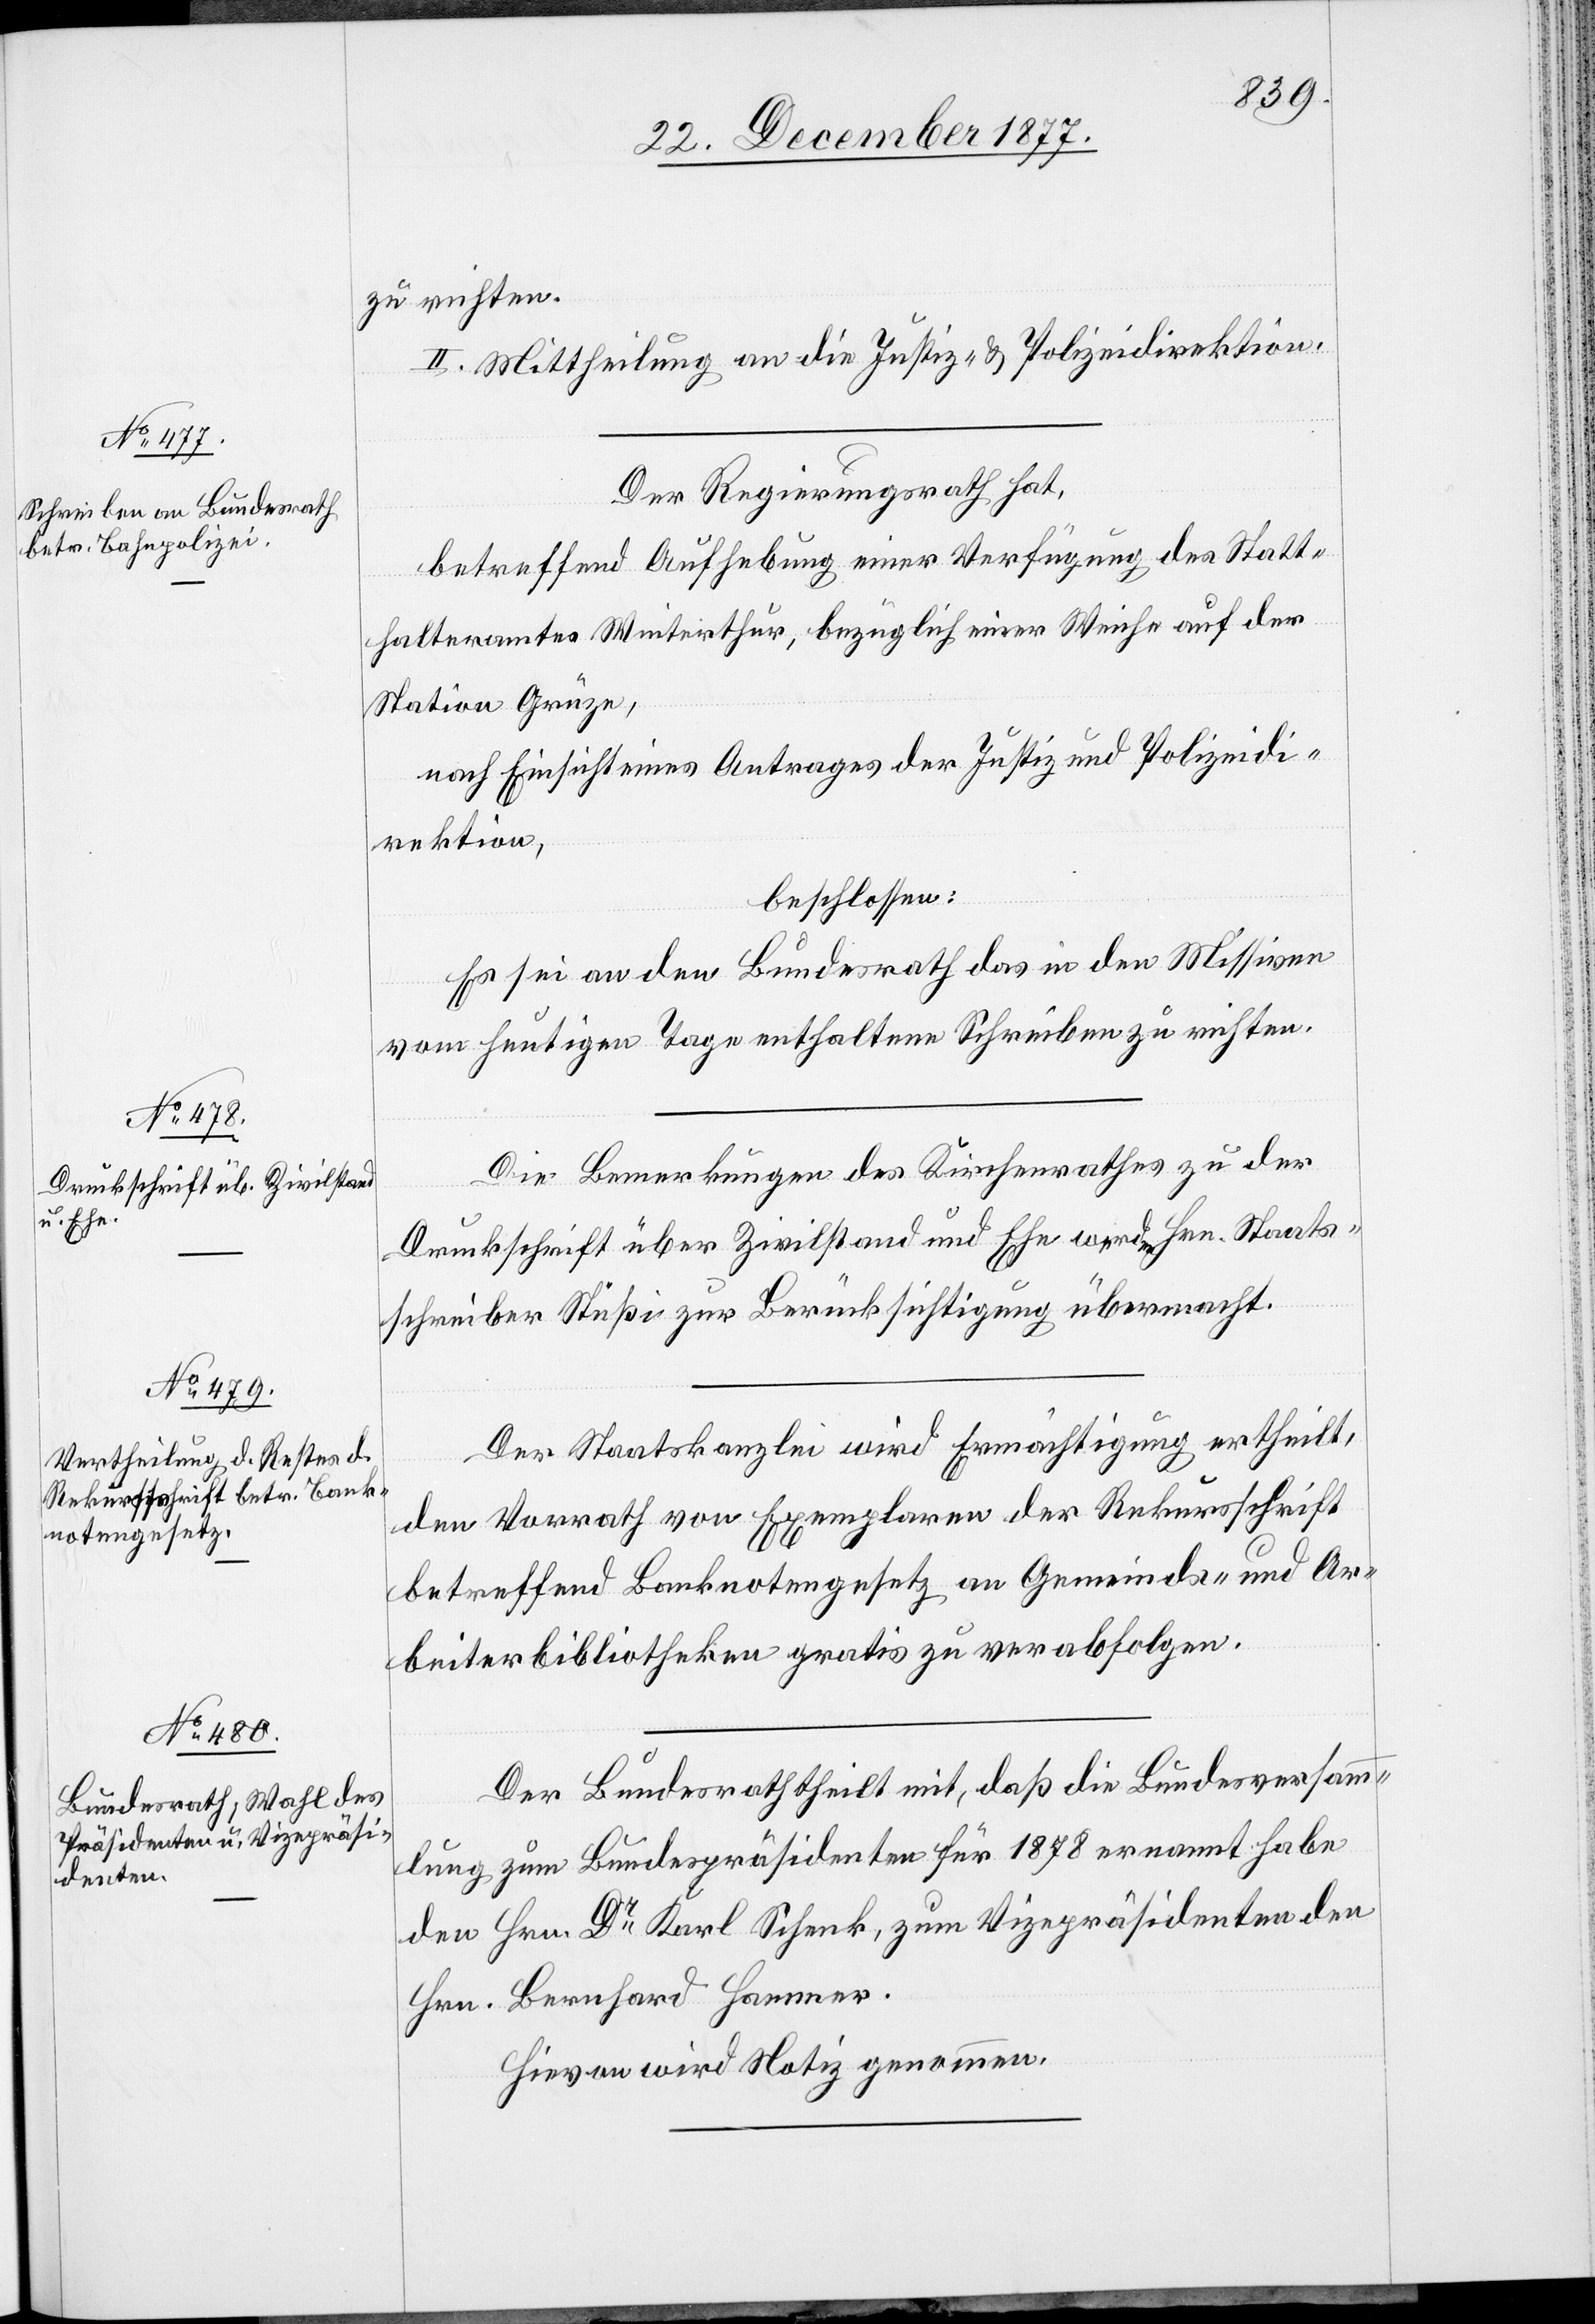
zu richten.
II. Mittheilung an die Justiz- & Polizeidirektion.
Der Regierungsrath hat,
betreffend Aufhebung einer Verfügung des Statt¬
halteramtes Winterthur, bezüglich einer Weiche auf der
Station Grüze,
nach Einsicht eines Antrages der Justiz[-] und Polizeidi¬
rektion,
beschlossen:
Es sei an den Bundesrath das in den Missiven
vom heutigen Tage enthaltene Schreiben zu richten.
Die Bemerkungen des Kirchenrathes zu der
Druckschrift über Zivilstand und Ehe werden Hrn. Staats¬
schreiber Stüßi zur Berücksichtigung übermacht.
Der Staatskanzlei wird Ermächtigung ertheilt,
den Vorrath von Exemplaren der Rekursschrift
betreffend Banknotengesetz an Gemeinds- und Ar¬
beiterbibliotheken gratis zu verabfolgen.
Der Bundesrath theilt mit, daß die Bundesversamm¬
lung zum Bundespräsidenten für 1878 ernannt habe
den Hrn. Dr Karl Schenk, zum Vizepräsidenten den
Hrn. Bernhard Hammer.
Hievon wird Notiz genommen.